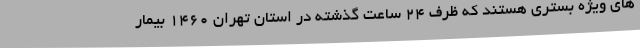
های ویژه بستری هستند که ظرف ۲۴ ساعت گذشته در استان تهران ۱۴۶۰ بیمار